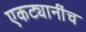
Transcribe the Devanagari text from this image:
एकट्यानींच